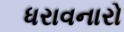
ધરાવનારો